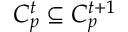
C _ { p } ^ { t } \subseteq C _ { p } ^ { t + 1 }